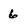
Character: 6